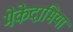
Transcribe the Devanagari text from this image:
मेकेदामिया